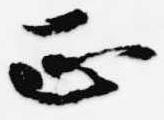
正